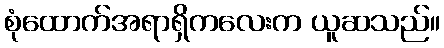
စုံထောက်အရာရှိကလေးက ယူဆသည်။